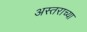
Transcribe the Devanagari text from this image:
अस्तराच्या